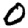
Digit: 0